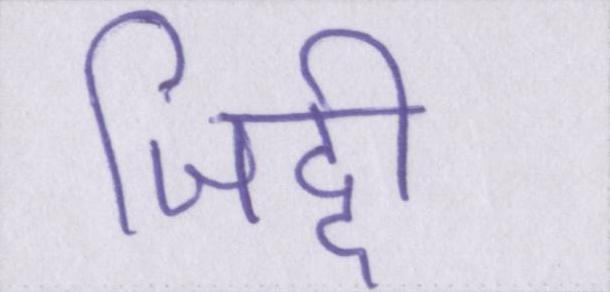
जिद्दी